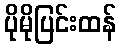
ပိုမိုပြင်းထန်